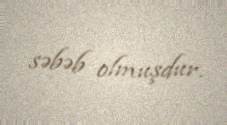
səbəb olmuşdur.